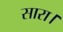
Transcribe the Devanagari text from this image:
सारा।